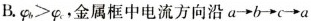
B.φ_{ b }>φ_{ c }，金属框中电流方向沿a→b→c→a